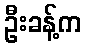
ဦးခန့်က